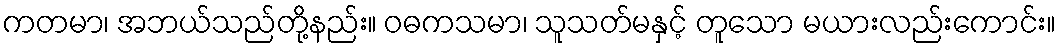
ကတမာ၊ အဘယ်သည်တို့နည်း။ ဝဓကသမာ၊ သူသတ်မနှင့် တူသော မယားလည်းကောင်း။